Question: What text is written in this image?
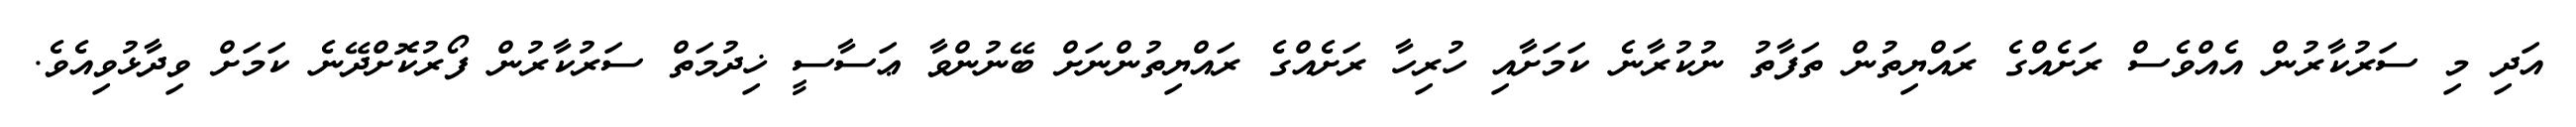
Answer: އަދި މި ސަރުކާރުން އެއްވެސް ރަށެއްގެ ރައްޔިތުން ތަފާތު ނުކުރާނެ ކަމަށާއި ހުރިހާ ރަށެއްގެ ރައްޔިތުންނަށް ބޭނުންވާ ޢަސާސީ ޚިދުމަތް ސަރުކާރުން ފޯރުކޮށްދޭނެ ކަމަށް ވިދާޅުވިއެވެ.